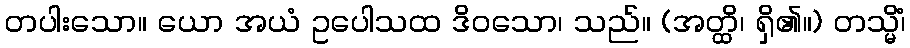
တပါးသော။ ယော အယံ ဥပေါသထ ဒိဝသော၊ သည်။ (အတ္ထိ၊ ရှိ၏။) တသ္မိံ၊